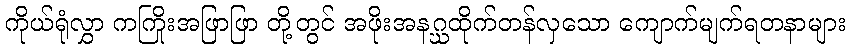
ကိုယ်ရုံလွှာ ကကြိုးအဖြာဖြာ တို့တွင် အဖိုးအနဂ္ဃထိုက်တန်လှသော ကျောက်မျက်ရတနာများ